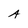
Character: A